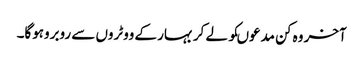
آخر وہ کن مدعوںکو لے کر بہار کے ووٹروں سے روبروہوگا۔